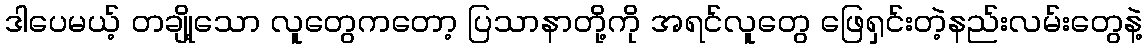
ဒါပေမယ့် တချို့သော လူတွေကတော့ ပြသာနာတို့ကို အရင်လူတွေ ဖြေရှင်းတဲ့နည်းလမ်းတွေနဲ့